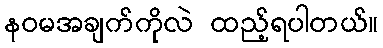
နဝမအချက်ကိုလဲ ထည့်ရပါတယ်။